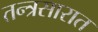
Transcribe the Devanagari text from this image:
तन्त्रसारात